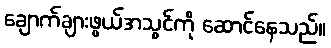
ချောက်ချားဖွယ်အသွင်ကို ဆောင်နေသည်။